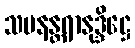
သမနန္တရာနုဒ္ဒိဋ္ဌေ